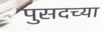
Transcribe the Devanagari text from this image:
पुसदच्या